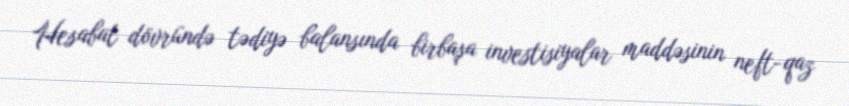
Hesabat dövründə tədiyə balansında birbaşa investisiyalar maddəsinin neft-qaz